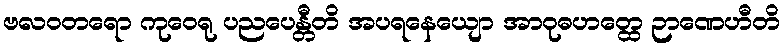
ဗလဝတရော ကုဝေရု ပညပေန္တီတိ အပရနေယျော အာဝုဓဟတ္ထေ ဉာဏေဟီတိ